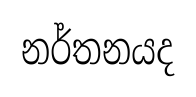
නර්තනයද